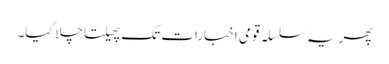
پھر یہ سلسلہ قومی اخبارات تک پھیلتا چلا گیا۔